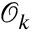
{ \mathcal { O } } _ { k }